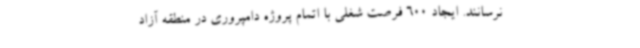
نرسانند. ایجاد 600 فرصت شغلی با اتمام پروژه دامپروری در منطقه آزاد